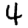
Digit: 4